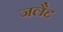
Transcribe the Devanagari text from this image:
जलैद्द